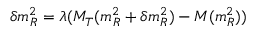
\delta m _ { R } ^ { 2 } = \lambda ( M _ { T } ( m _ { R } ^ { 2 } + \delta m _ { R } ^ { 2 } ) - M ( m _ { R } ^ { 2 } ) )